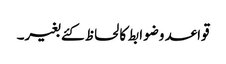
قواعد وضوابط کا لحاظ کئے بغیر۔